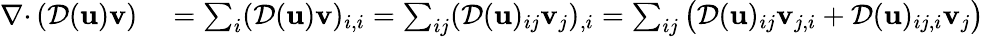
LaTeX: \begin{array}{rl}{{{\nabla\cdot}\, }({\mathcal{D}}({\mathbf u}){\mathbf v})}&{{}=\sum_{i}({\mathcal{D}}({\mathbf u}){\mathbf v})_{i,i}=\sum_{ij}({\mathcal{D}}({\mathbf u})_{ij}{\mathbf v}_{j})_{,i}=\sum_{ij}\big({\mathcal{D}}({\mathbf u})_{ij}{\mathbf v}_{j,i}+{\mathcal{D}}({\mathbf u})_{ij,i}{\mathbf v}_{j}\big)}\end{array}